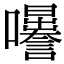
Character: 𡅜